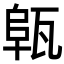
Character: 𤭟